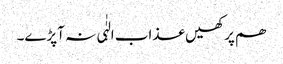
ھم پر کھیں عذاب الہٰٰی نہ آپڑے۔